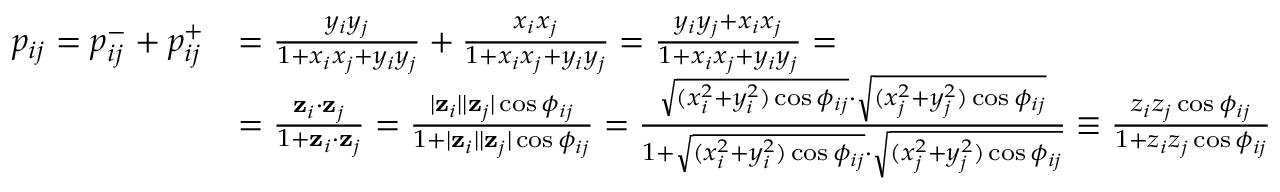
\begin{array} { r l } { p _ { i j } = p _ { i j } ^ { - } + p _ { i j } ^ { + } } & { = \frac { y _ { i } y _ { j } } { 1 + x _ { i } x _ { j } + y _ { i } y _ { j } } + \frac { x _ { i } x _ { j } } { 1 + x _ { i } x _ { j } + y _ { i } y _ { j } } = \frac { y _ { i } y _ { j } + x _ { i } x _ { j } } { 1 + x _ { i } x _ { j } + y _ { i } y _ { j } } = } \\ & { = \frac { \mathbf { z } _ { i } \cdot \mathbf { z } _ { j } } { 1 + \mathbf { z } _ { i } \cdot \mathbf { z } _ { j } } = \frac { | \mathbf { z } _ { i } | | \mathbf { z } _ { j } | \cos \phi _ { i j } } { 1 + | \mathbf { z } _ { i } | | \mathbf { z } _ { j } | \cos \phi _ { i j } } = \frac { \sqrt { ( x _ { i } ^ { 2 } + y _ { i } ^ { 2 } ) \cos \phi _ { i j } } \cdot \sqrt { ( x _ { j } ^ { 2 } + y _ { j } ^ { 2 } ) \cos \phi _ { i j } } } { 1 + \sqrt { ( x _ { i } ^ { 2 } + y _ { i } ^ { 2 } ) \cos \phi _ { i j } } \cdot \sqrt { ( x _ { j } ^ { 2 } + y _ { j } ^ { 2 } ) \cos \phi _ { i j } } } \equiv \frac { z _ { i } z _ { j } \cos \phi _ { i j } } { 1 + z _ { i } z _ { j } \cos \phi _ { i j } } } \end{array}